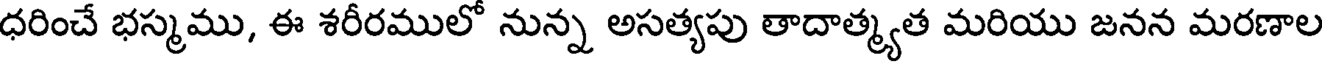
ధరించే భస్మము, ఈ శరీరములో నున్న అసత్యపు తాదాత్మ్యత మరియు జనన మరణాల